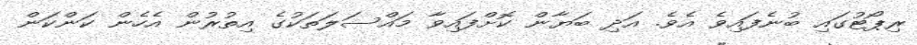
ރިޕޯޓުގައި ބުނެފައިވެ އެވެ. އަދި ބަޔާން ކޮށްފައިވާ މައްސަލަތަކުގެ އިތުރުން އެހެން ކަންކަން